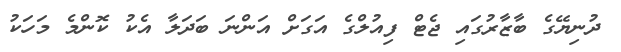
ދުނިޔޭގެ ބާޒާރުގައި ޖެޓް ފިއުލްގެ އަގަށް އަންނަ ބަދަލާ އެކު ކޮންމެ މަހަކު